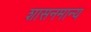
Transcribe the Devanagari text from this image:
शासनमान्‍य